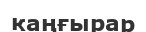
каңғырар